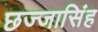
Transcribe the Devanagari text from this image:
छज्जासिंह